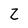
Character: Z